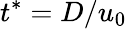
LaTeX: t^{*}=D/{{u}_{0}}